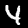
Label: 4